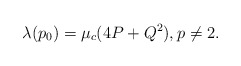
\begin{align*} \lambda(p_0)=\mu_c(4P+Q^2), p\ne 2.\end{align*}